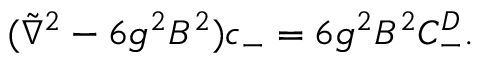
( \tilde { \nabla } ^ { 2 } - 6 g ^ { 2 } B ^ { 2 } ) c _ { - } = 6 g ^ { 2 } B ^ { 2 } C _ { - } ^ { D } .